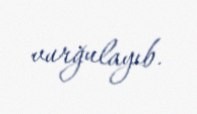
vurğulayıb.